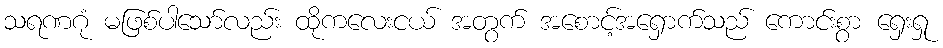
သရဏဂုံ မဖြစ်ပါသော်လည်း ထိုကလေးငယ် အတွက် အစောင့်အရှောက်သည် ကောင်းစွာ ရှေးရှု